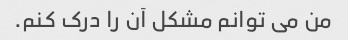
من می توانم مشکل آن را درک کنم.